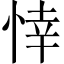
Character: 悻